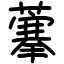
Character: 藆